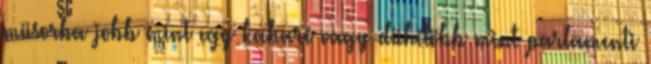
müsorba jobb mint egy kabaré vagy dühítöbb mint parlamenti